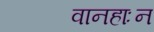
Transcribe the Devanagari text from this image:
वानहाःन